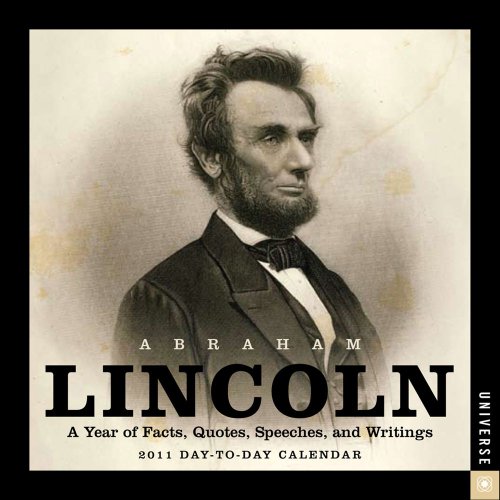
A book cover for Abraham Lincoln: A Year of Facts, Quotes, Speeches, and Writings: 2011 Day-to-Day Calendar; Universe Publishing; Calendars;